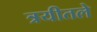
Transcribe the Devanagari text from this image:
त्रयीतले